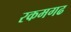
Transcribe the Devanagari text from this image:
रकमगढ